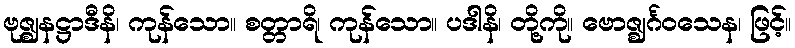
ဗုဇ္ဈနဋ္ဌာဒီနိ၊ ကုန်သော။ စတ္တာရိ၊ ကုန်သော။ ပဒါနိ၊ တို့ကို။ ဗောဇ္ဈင်္ဂဝသေန၊ ဖြင့်။